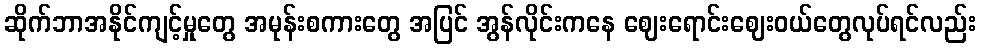
ဆိုက်ဘာအနိုင်ကျင့်မှုတွေ အမုန်းစကားတွေ အပြင် အွန်လိုင်းကနေ ဈေးရောင်းဈေးဝယ်တွေလုပ်ရင်လည်း